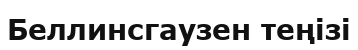
Беллинсгаузен теңізі